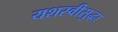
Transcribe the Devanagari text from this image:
यशस्वीसुद्धा